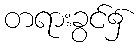
တရားခွင်၌